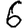
Digit: 6